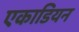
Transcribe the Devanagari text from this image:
एकाडियन